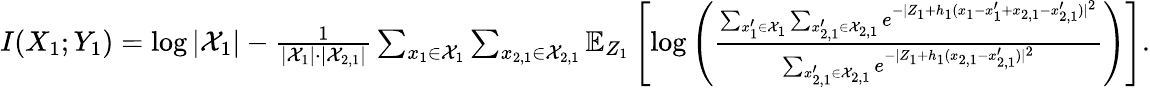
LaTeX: \begin{array}{r}{I(X_{1};Y_{1})=\log|\mathcal{X}_{1}|-\frac{1}{|\mathcal{X}_{1}|\cdot|\mathcal{X}_{2,1}|}\sum_{x_{1}\in\mathcal{X}_{1}}\sum_{x_{2,1}\in\mathcal{X}_{2,1}}\mathbb{E}_{Z_{1}}\left[\log\left(\frac{\sum_{x_{1}^{\prime}\in\mathcal{X}_{1}}\sum_{x_{2,1}^{\prime}\in\mathcal{X}_{2,1}}e^{-|Z_{1}+h_{1}(x_{1}-x_{1}^{\prime}+x_{2,1}-x_{2,1}^{\prime})|^{2}}}{\sum_{x_{2,1}^{\prime}\in\mathcal{X}_{2,1}}e^{-|Z_{1}+h_{1}(x_{2,1}-x_{2,1}^{\prime})|^{2}}}\right)\right].}\end{array}